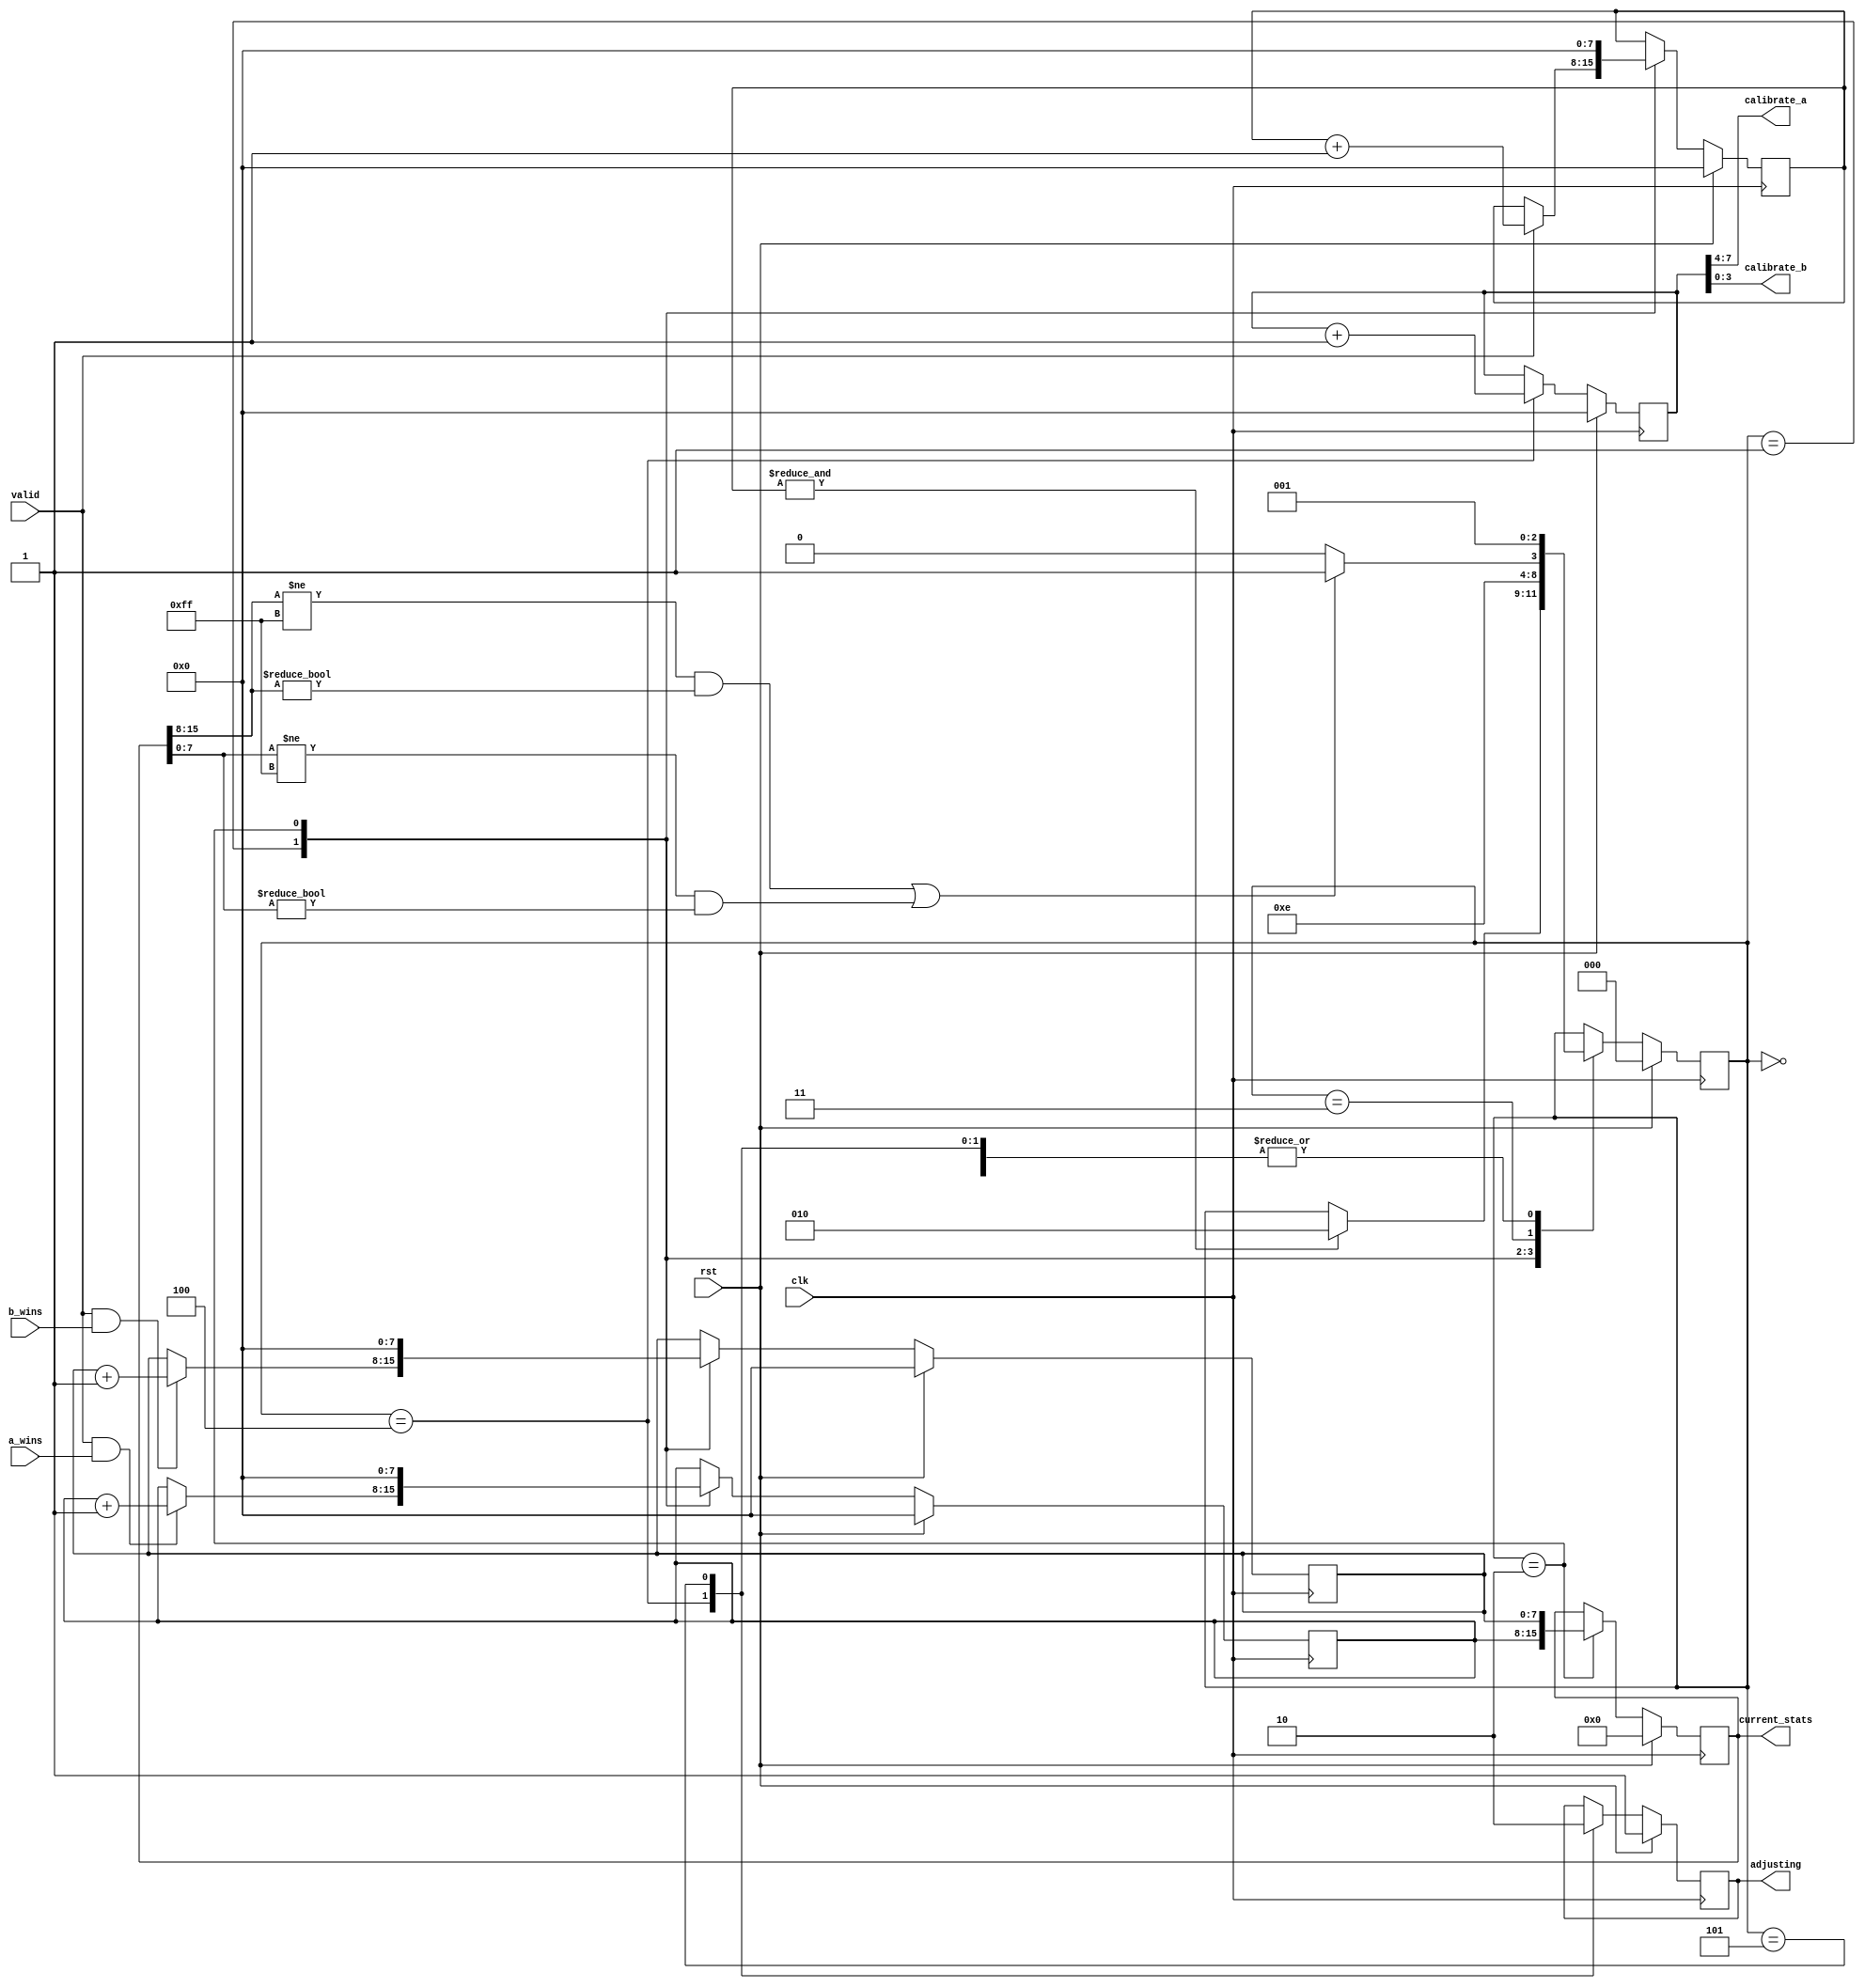
// Copyright 2008 Altera Corporation. All rights reserved.  
// Altera products are protected under numerous U.S. and foreign patents, 
// maskwork rights, copyrights and other intellectual property laws.  
//
// This reference design file, and your use thereof, is subject to and governed
// by the terms and conditions of the applicable Altera Reference Design 
// License Agreement (either as signed by you or found at www.altera.com).  By
// using this reference design file, you indicate your acceptance of such terms
// and conditions between you and Altera Corporation.  In the event that you do
// not agree with such terms and conditions, you may not use the reference 
// design file and please promptly destroy any copies you have made.
//
// This reference design file is being provided on an "as-is" basis and as an 
// accommodation and therefore all warranties, representations or guarantees of 
// any kind (whether express, implied or statutory) including, without 
// limitation, warranties of merchantability, non-infringement, or fitness for
// a particular purpose, are specifically disclaimed.  By making this reference
// design file available, Altera expressly does not recommend, suggest or 
// require that this reference design file be used in combination with any 
// other product not provided by Altera.
/////////////////////////////////////////////////////////////////////////////

// baeckler - 03-28-2008

module chain_delay_adjust
(
	clk,rst,
	calibrate_a,
	calibrate_b,
	a_wins,
	b_wins,
	valid,
	adjusting,
	current_stats
);

parameter CALIBRATE_BITS = 4;

input clk,rst;
output [CALIBRATE_BITS-1:0] calibrate_a;
output [CALIBRATE_BITS-1:0] calibrate_b;
input a_wins,b_wins,valid;
output [15:0] current_stats;
output reg adjusting;

reg [2*CALIBRATE_BITS-1:0] current_setting;
reg [7:0] trials,a_tally,b_tally;
reg [15:0] current_stats;

assign {calibrate_a, calibrate_b} = current_setting;

reg [2:0] state /* synthesis preserve */;
parameter 
		ST_START = 3'h0,
		ST_COUNT = 3'h1,
		ST_CHECK = 3'h2,
		ST_CHECK_B = 3'h3,
		ST_ADJUST = 3'h4,
		ST_OPERATE = 3'h5;

always @(posedge clk) begin
	if (rst) begin
		state <= ST_START;
		a_tally <= 0;
		b_tally <= 0;
		trials <= 0;
		current_setting <= 0;
		current_stats <= 0;
		adjusting <= 1'b1;
	end
	else begin
		case (state)
			ST_START: begin
				state <= ST_COUNT;
			end
			ST_COUNT: begin
				if (valid & a_wins) a_tally <= a_tally + 1'b1;
				if (valid & b_wins) b_tally <= b_tally + 1'b1;
				if (valid) trials <= trials + 1'b1;
				if (&trials) state <= ST_CHECK;
			end
			ST_CHECK : begin
				current_stats <= {a_tally,b_tally};
				a_tally <= 0;
				b_tally <= 0;
				trials <= 0;
				state <= ST_CHECK_B;
			end
			ST_CHECK_B : begin
				if ((current_stats[15:8] != 8'hff &&
					current_stats[15:8] != 8'h00) ||
					(current_stats[7:0] != 8'hff &&
					current_stats[7:0] != 8'h00))
				begin
					state <= ST_OPERATE;
				end
				else begin
					state <= ST_ADJUST;
				end
			end
			ST_ADJUST : begin
				adjusting <= 1'b1;
				current_setting <= current_setting + 1'b1;
				state <= ST_COUNT;
			end
			ST_OPERATE : begin
				adjusting <= 1'b0;
				state <= ST_COUNT;
			end
		endcase
	end
end

endmodule